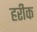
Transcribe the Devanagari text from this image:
हरीक